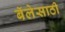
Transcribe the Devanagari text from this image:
बॅलेसाठी